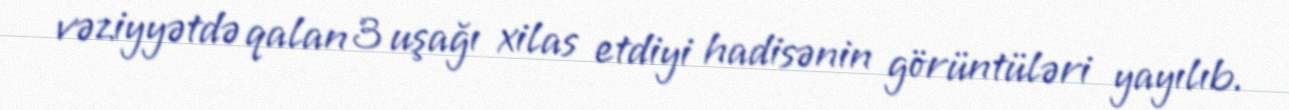
vəziyyətdə qalan 3 uşağı xilas etdiyi hadisənin görüntüləri yayılıb.